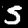
Label: 5